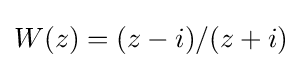
W(z)=(z-i)/(z+i)